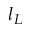
l _ { L }